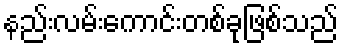
နည်းလမ်းကောင်းတစ်ခုဖြစ်သည်